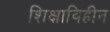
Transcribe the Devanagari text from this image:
शिक्षाविहीन